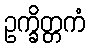
ဥက္ခိတ္တကံ